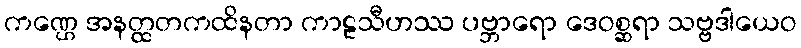
ကဏ္ဌေ အနတ္ထတကထိနတာ ကာဠသီဟဿ ပဗ္ဘာရော ဒေဝစ္ဆရာ သဗ္ဗဒါယေဝ